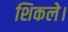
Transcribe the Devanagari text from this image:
शिकले।